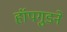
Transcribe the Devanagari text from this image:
हॉपगुडने